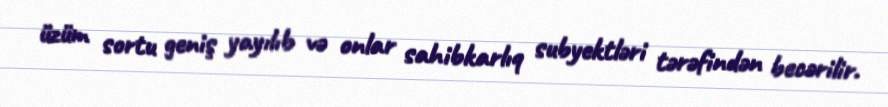
üzüm sortu geniş yayılıb və onlar sahibkarlıq subyektləri tərəfindən becərilir.